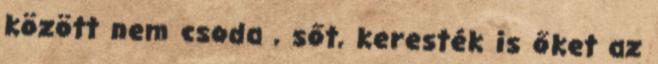
között nem csoda , sőt, keresték is őket az